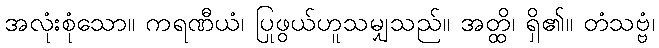
အလုံးစုံသော။ ကရဏီယံ၊ ပြုဖွယ်ဟူသမျှသည်။ အတ္ထိ၊ ရှိ၏။ တံသဗ္ဗံ၊